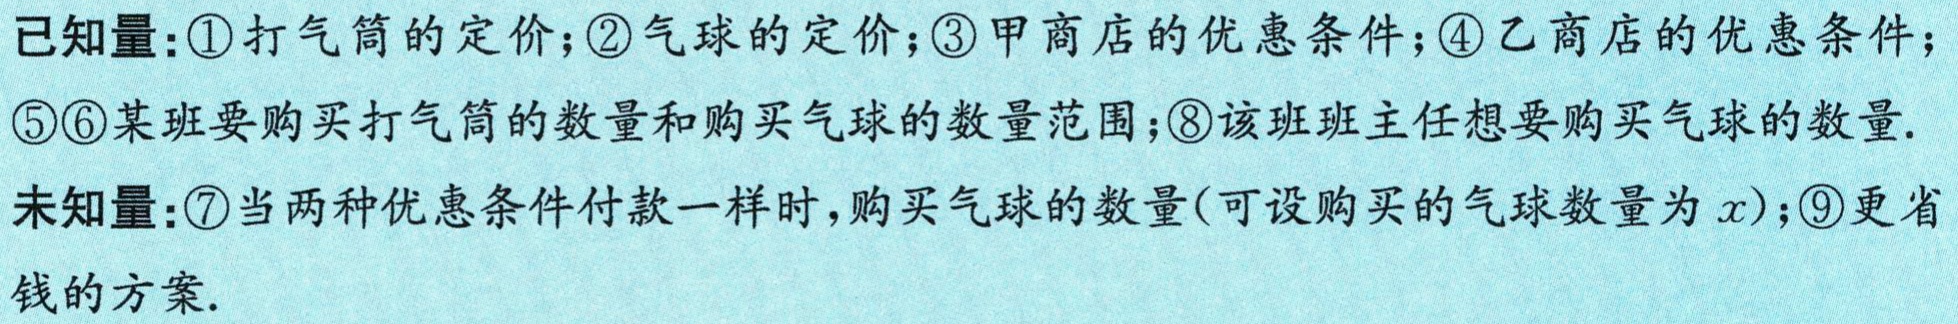
已知量：\textcircled{1}打气筒的定价；\textcircled{2}气球的定价；\textcircled{3}甲商店的优惠条件；\textcircled{4}乙商店的优惠条件；\textcircled{5}\textcircled{6}某班要购买打气筒的数量和购买气球的数量范围；\textcircled{8}该班班主任想要购买气球的数量.

未知量：\textcircled{7}当两种优惠条件付款一样时，购买气球的数量(可设购买的气球数量为\(x\))；\textcircled{9}更省钱的方案.